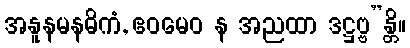
အနူနမနဓိကံ, ဧဝမေဝ န အညထာ ဒဋ္ဌဗ္ဗ”န္တိ။